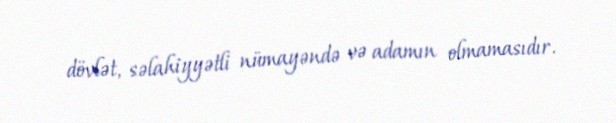
dövlət, səlahiyyətli nümayəndə və adamın olmamasıdır.